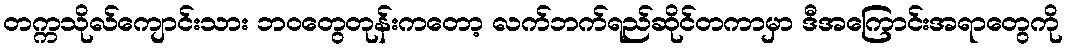
တက္ကသိုလ်ကျောင်းသား ဘဝတွေတုန်းကတော့ လက်ဘက်ရည်ဆိုင်တကာမှာ ဒီအကြောင်းအရာတွေကို